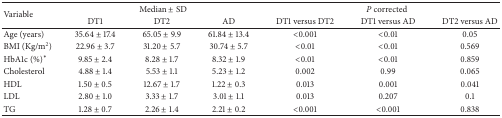
<table><thead><tr><td rowspan="2"><b>Variable</b></td><td colspan="3"><b>Median ± SD</b></td><td colspan="3"><b><i>P</i> corrected</b></td></tr><tr><td><b>DT1</b></td><td><b>DT2</b></td><td><b>AD</b></td><td><b>DT1 versus DT2</b></td><td><b>DT1 versus AD</b></td><td><b>DT2 versus AD</b></td></tr></thead><tbody><tr><td>Age (years)</td><td>35.64 ± 17.4</td><td>65.05 ± 9.9</td><td>61.84 ± 13.4</td><td>&lt;0.001</td><td>&lt;0.01</td><td>0.05</td></tr><tr><td>BMI (Kg/m<sup>2</sup>)</td><td>22.96 ± 3.7</td><td>31.20 ± 5.7</td><td>30.74 ± 5.7</td><td>&lt;0.01</td><td>&lt;0.01</td><td>0.569</td></tr><tr><td>HbA1c (%)<sup>∗</sup></td><td>9.85 ± 2.4</td><td>8.28 ± 1.7</td><td>8.32 ± 1.9</td><td>&lt;0.01</td><td>&lt;0.01</td><td>0.859</td></tr><tr><td>Cholesterol </td><td>4.88 ± 1.4</td><td>5.53 ± 1.1</td><td>5.23 ± 1.2</td><td>0.002</td><td>0.99</td><td>0.065</td></tr><tr><td>HDL</td><td>1.50 ± 0.5</td><td>12.67 ± 1.7</td><td>1.22 ± 0.3</td><td>0.013</td><td>0.001</td><td>0.041</td></tr><tr><td>LDL</td><td>2.80 ± 1.0</td><td>3.33 ± 1.7</td><td>3.01 ± 1.1</td><td>0.013</td><td>0.207</td><td>0.1</td></tr><tr><td>TG</td><td>1.28 ± 0.7</td><td>2.26 ± 1.4</td><td>2.21 ± 0.2</td><td>&lt;0.001</td><td>&lt;0.001</td><td>0.838</td></tr></tbody></table>